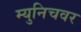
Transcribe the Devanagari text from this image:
म्युनिचवर